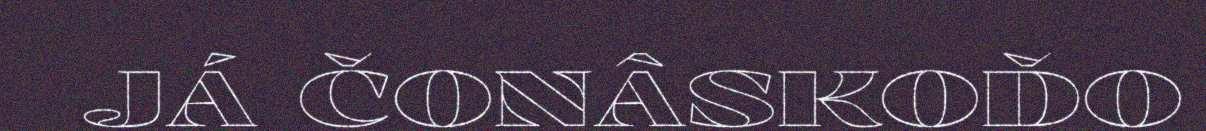
JÁ ČONÂSKOĐO